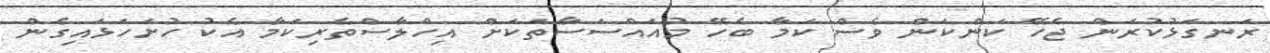
ރަނގަޅުކުރަން ޖެހޭ ކަންކަން ވެސް ކަމާ ބެހޭ މުއައްސަސާތަކަށް އިހްލާސްތެރިކަމާ އެކު ހުށަހަޅައިގެން